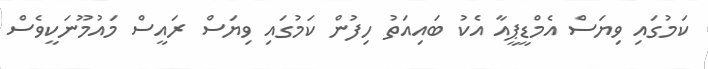
ކަމުގައި ވިޔަސް އެމްޑީޕީއާ އެކު ބައިއަތު ހިފުން ކަމުގައި ވިޔަސް ރައީސް މައުމޫނަކީވެސް